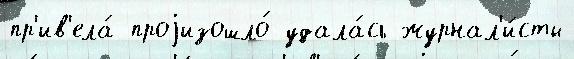
пр'ив'ела́ проjизошло́ удала́сь журнал'и́сты